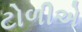
ટોળીએ